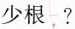
少根 ?